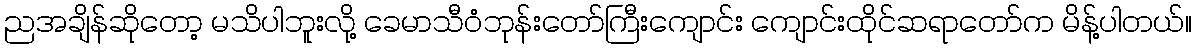
ညအချိန်ဆိုတော့ မသိပါဘူးလို့ ခေမာသီဝံဘုန်းတော်ကြီးကျောင်း ကျောင်းထိုင်ဆရာတော်က မိန့်ပါတယ်။